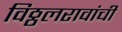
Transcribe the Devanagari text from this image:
विठ्ठलरावांची